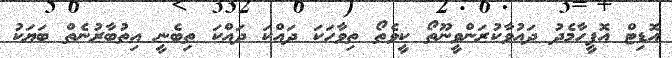
އޮޑިޓް އޮފީހާމެދު ދައުވާކުރަންވީނޫތޯ ކީވެތޯ ތިވާހަކަ ދައްކަ ދައްކަ ތިބެނީ އިތުބާރުނެތް ބަޔަކު